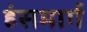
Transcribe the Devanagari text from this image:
हंसमार्ग